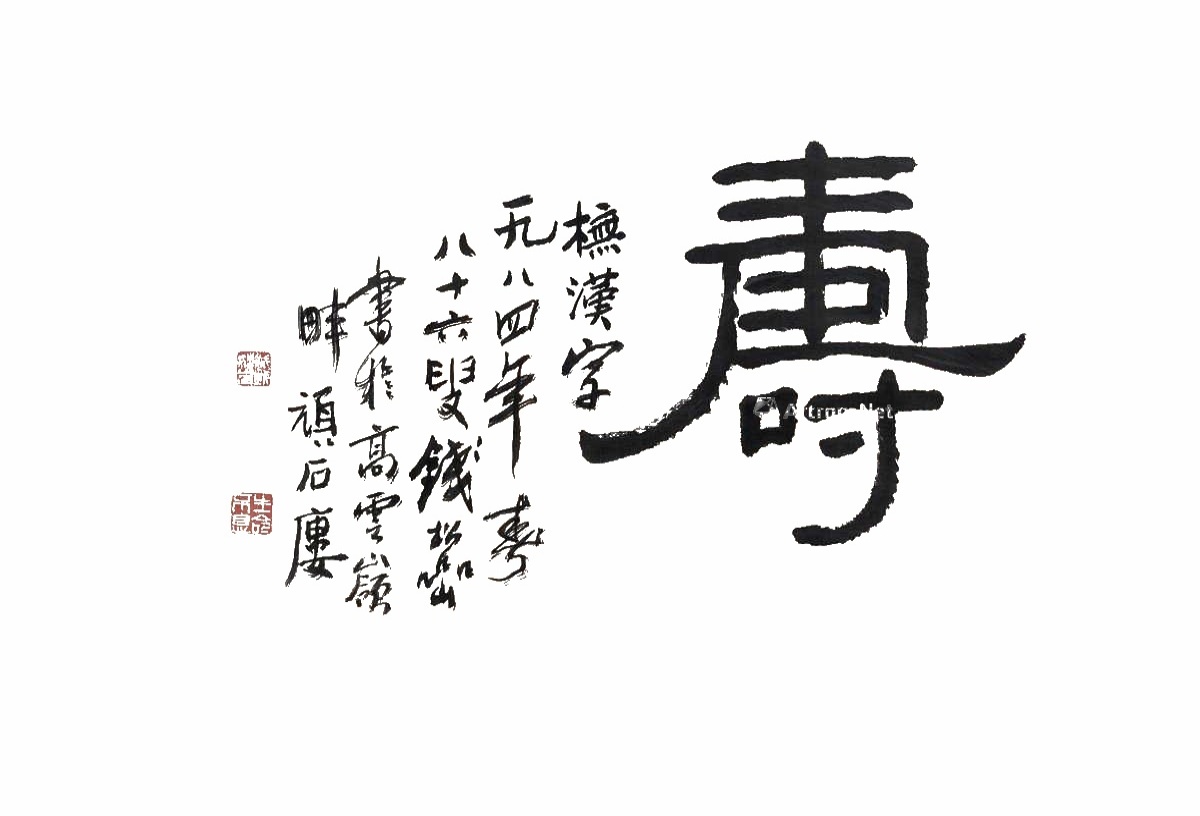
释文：寿。橅汉字。一九八四年春，八十六叟钱松嵒书于高云岭畔顽石廔。